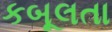
કબૂલતા